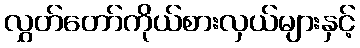
လွှတ်တော်ကိုယ်စားလှယ်များနှင့်